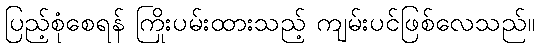
ပြည့်စုံစေရန် ကြိုးပမ်းထားသည့် ကျမ်းပင်ဖြစ်လေသည်။